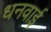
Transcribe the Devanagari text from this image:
धनवाई